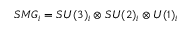
S M G _ { i } = S U ( 3 ) _ { i } \otimes S U ( 2 ) _ { i } \otimes U ( 1 ) _ { i }